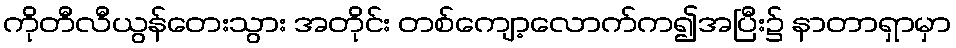
ကိုတီလီယွန်တေးသွား အတိုင်း တစ်ကျော့လောက်က၍အပြီး၌ နာတာရှာမှာ